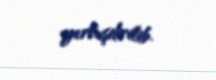
yerləşdirilib.